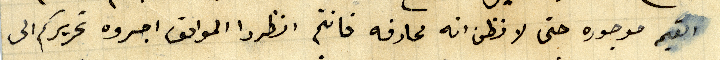
القيمه موجوده حتى لا نظن انه محادفه فانتم انظروا المواقف اجروه تحريركم الى